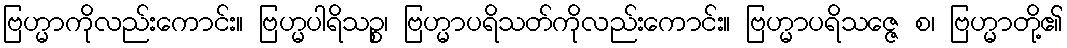
ဗြဟ္မာကိုလည်းကောင်း။ ဗြဟ္မပါရိသဉ္စ၊ ဗြဟ္မာပရိသတ်ကိုလည်းကောင်း။ ဗြဟ္မာပရိသဇ္ဇေ စ၊ ဗြဟ္မာတို့၏